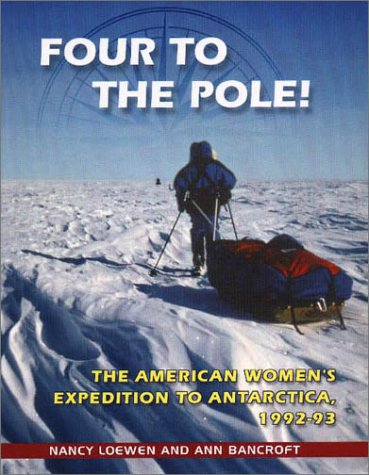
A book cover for Four to the Pole!: The American Women's Expedition to Antarctica, 1992-1993; Nancy Loewen; Travel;